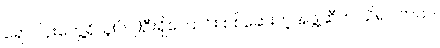
ရောဂါပိုးတွေ့ရှိသူ(၆၂)ဦးရှိကြောင်း စစ်ဆေးတဲ့အဖွဲ့ဆီက သိရပါတယ်။